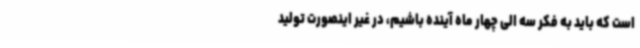
است که باید به فکر سه الی چهار ماه آینده باشیم، در غیر اینصورت تولید